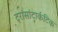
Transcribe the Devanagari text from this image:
ट्रांसांटार्कटिक